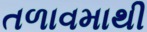
તળાવમાથી